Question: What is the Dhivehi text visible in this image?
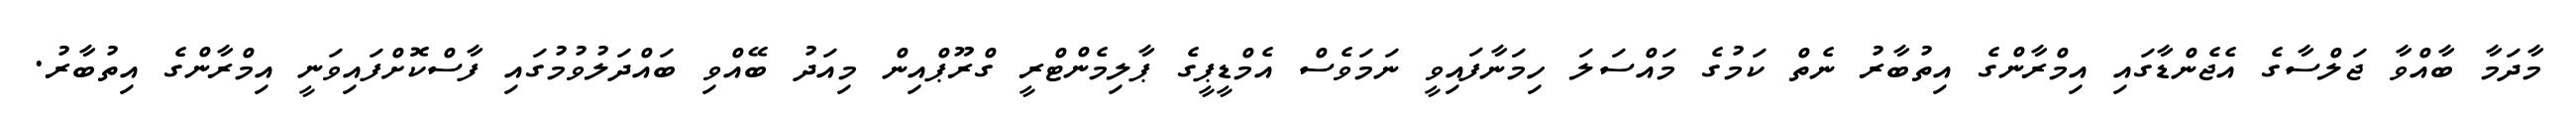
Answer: މާދަމާ ބާއްވާ ޖަލްސާގެ އެޖެންޑާގައި އިމްރާންގެ އިތުބާރު ނެތް ކަމުގެ މައްސަލަ ހިމަނާފައިވީ ނަމަވެސް އެމްޑީޕީގެ ޕާލިމެންޓްރީ ގްރޫޕްއިން މިއަދު ބޭއްވި ބައްދަލުވުމުގައި ފާސްކޮށްފައިވަނީ އިމްރާންގެ އިތުބާރު.